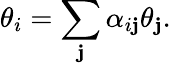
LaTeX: \theta_{i}=\sum_{\mathbf{j}}\alpha_{i\mathbf{j}}\theta_{\mathbf{j}}.